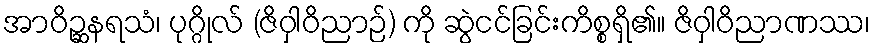
အာဝိဉ္ဆနရသံ၊ ပုဂ္ဂိုလ် (ဇိဝှါဝိညာဉ်) ကို ဆွဲငင်ခြင်းကိစ္စရှိ၏။ ဇိဝှါဝိညာဏဿ၊